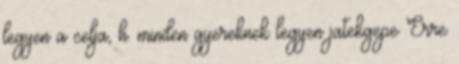
legyen a celja, h. minden gyereknek legyen jatekgepe Erre